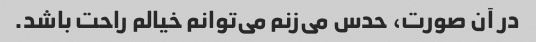
در آن صورت، حدس می‌زنم می‌توانم خیالم راحت باشد.